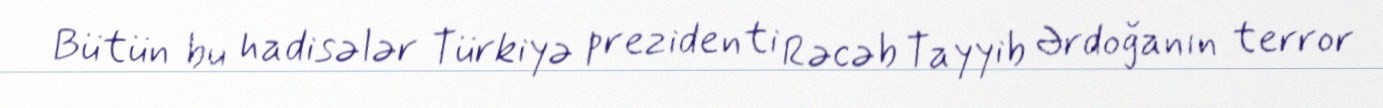
Bütün bu hadisələr Türkiyə prezidenti Rəcəb Tayyib Ərdoğanın terror